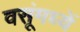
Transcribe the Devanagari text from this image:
वसूंमध्यें